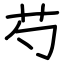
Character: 芍